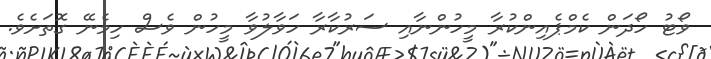
ވޯޓު ހޯދަން ކެމްޕެއިންކުރާ މީހުންނާއި ސަރުކާރާ ހަވާލުވާ މީހުން ވެސް ހިމެނޭ ގޮތަށެވެ.